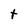
Character: t